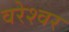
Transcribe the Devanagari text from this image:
वरेश्वर